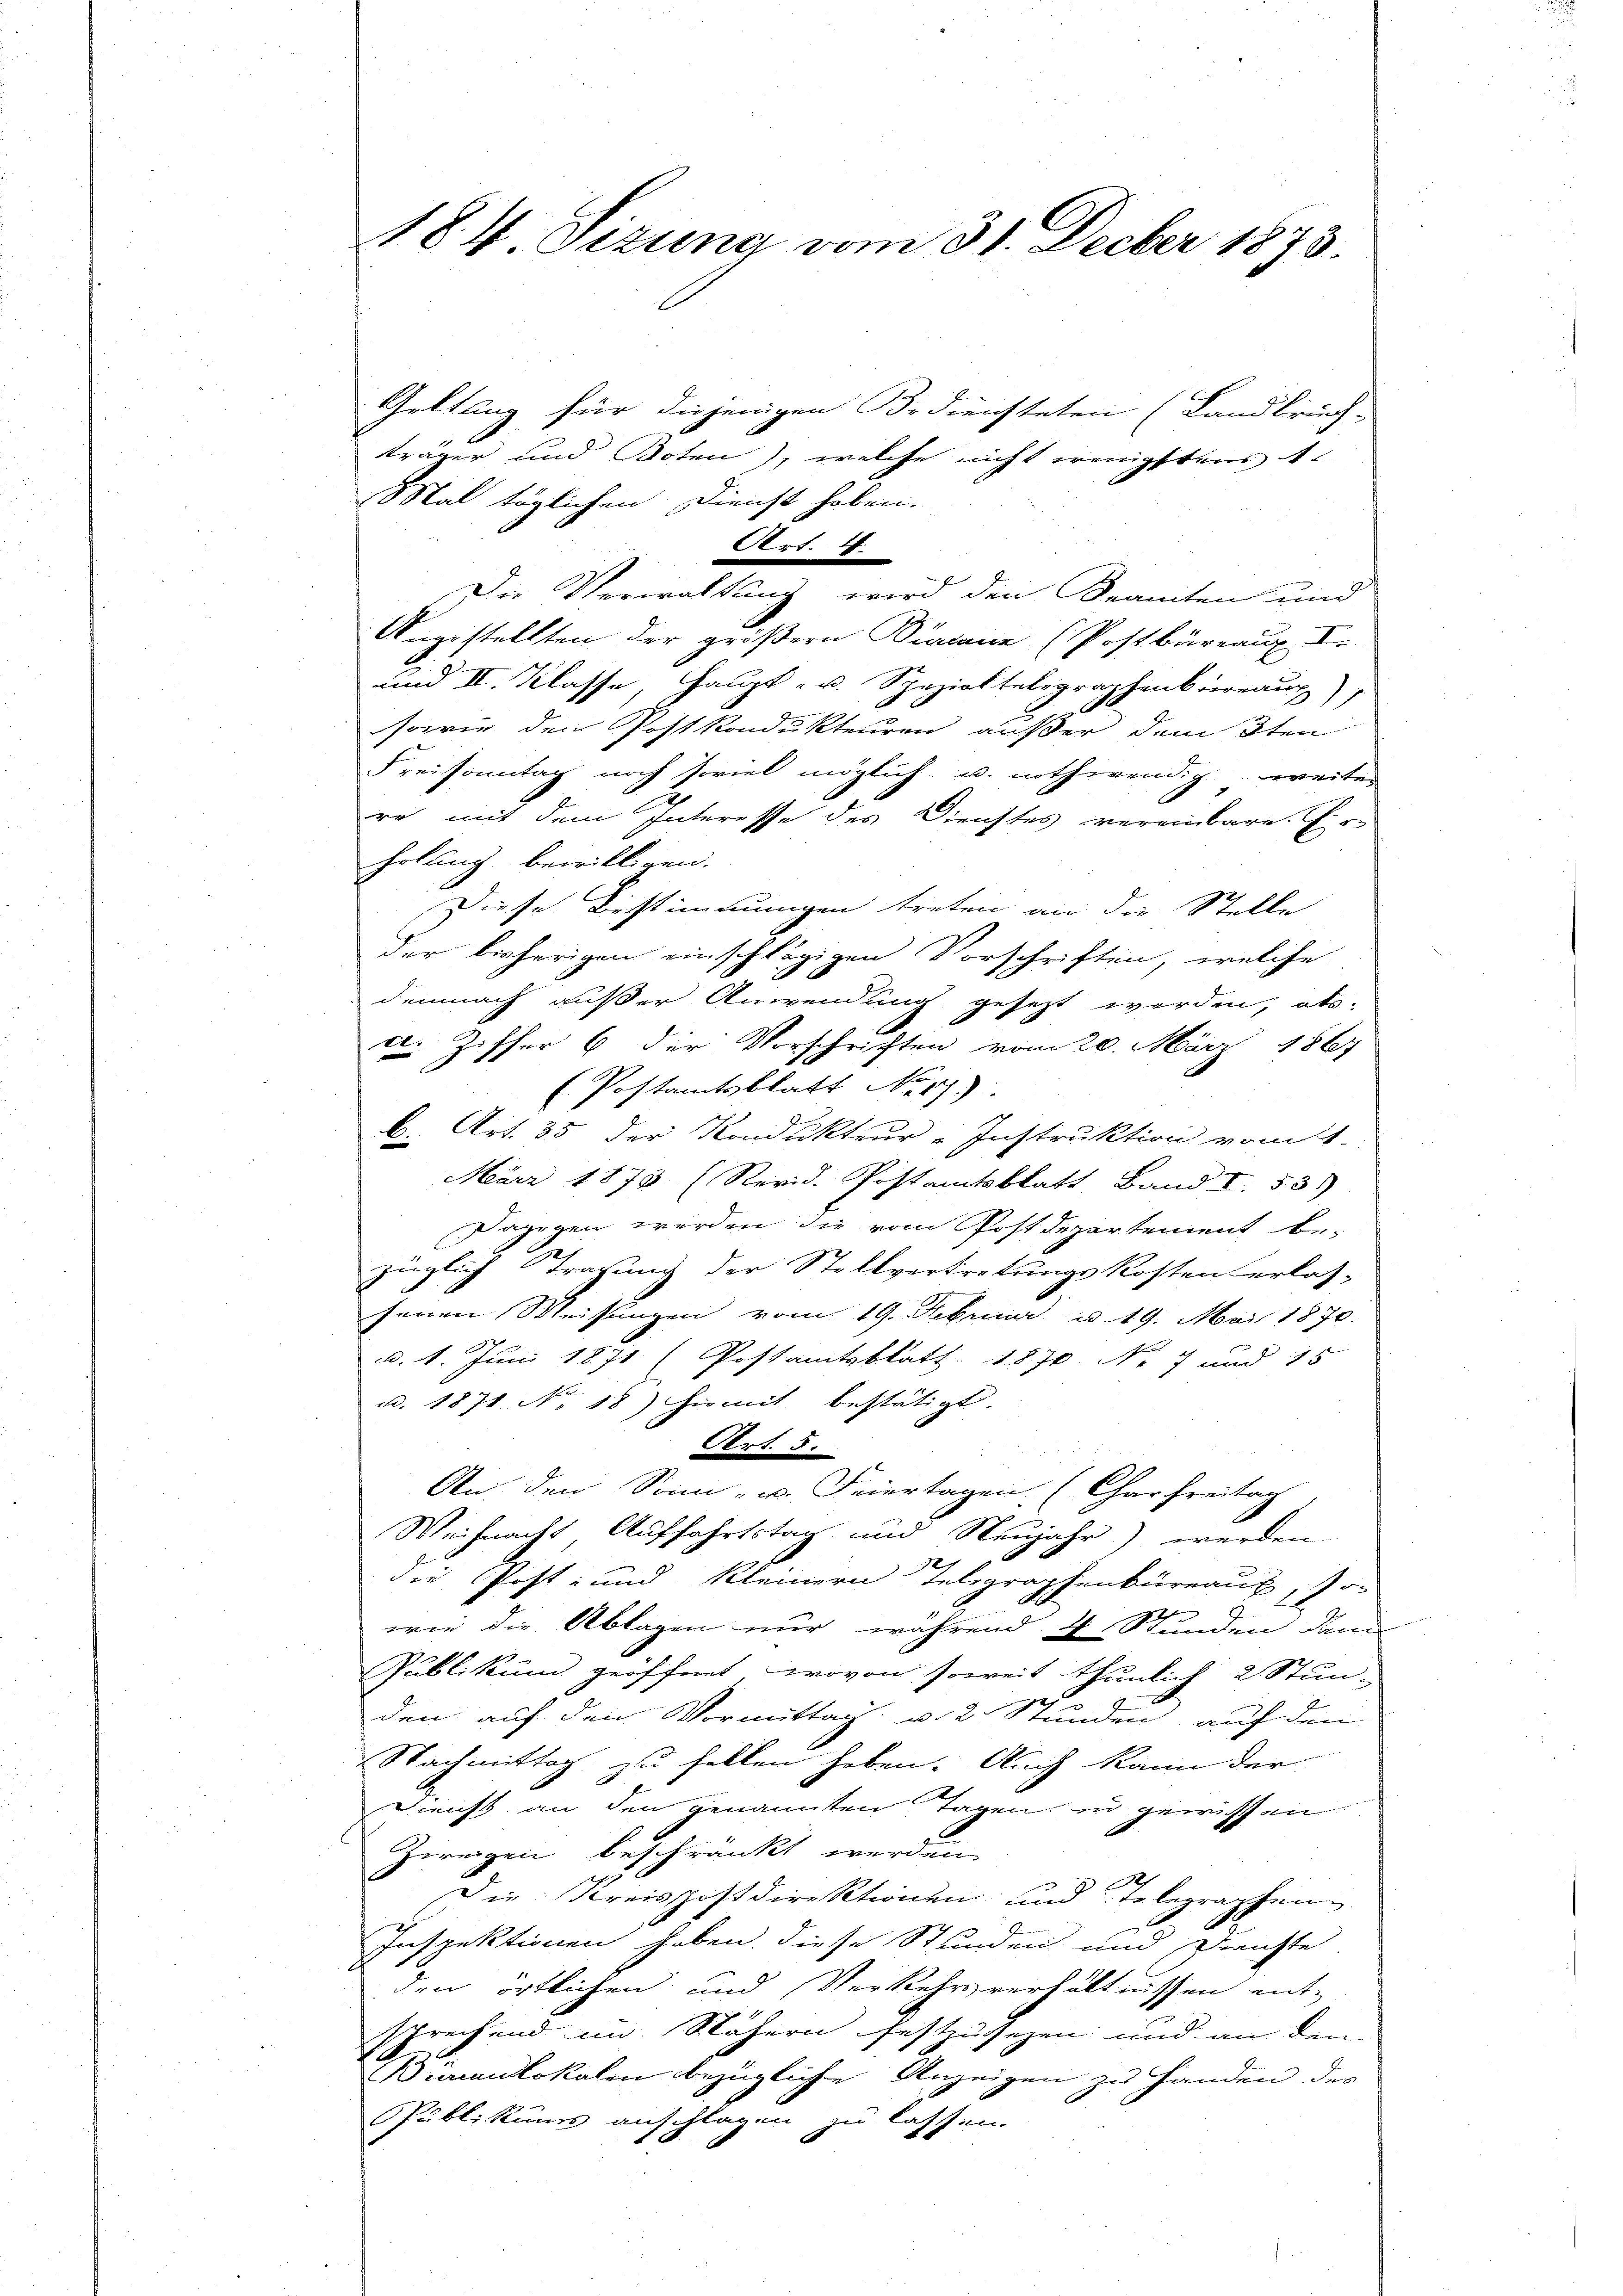
184 Sizung vom 31. Decber 1873.

Geltung für diejenigen Bediensteten (Landbriech-
träger und Boten), welche nicht wenigstens 1.
Mal täglichen Dienst haben.
Aert. 14.
Die Verwaltung wird den Beamten und
Angestellten der größern Diana (Postbüreaux I.
und II. Klasse, Haupt- u. Spezieltelegraphenkierraus),
sowie dem Postkondukteuren außer dem 3ten
Freisonntag noch soviel möglich u. nothwendig, weiter
2
re mit dem Interesse des Dienstes vereinbare. E
holung bewilligen.
Diese Bestimmungen treten an die Stelle
der bisherigen einschlägigen Vorschriften, welche
demnach außer Anwendung gesezt werden, als-
c. Ziffer 6 der Vorschriften vom 20. März 1867
E. Postamtsblatt No 1.)
b. Art. 35 der Kondukteur-Instruktion vom 1.
März 1878 (Rerid. Postamtsblatt Band I. 531)
Dagegen werden die vom Postdepartement be-
züglich Tragung der Stellvertretungskosten erlas-
senen Weisungen vom 19. Februar 19. Mai 1870.
d. 1. Juni 1871 (Postamtsblatt. 1870 No 7 und 15
u. 1871 No 18) Hiemit bestätigt.
Art. 5.
An den Sonn- u. Feiertagen (Charfreitag
Weihnachs Auffahrtstag und Neujahr) werden
die Post- und kleinern Telegraphenbüreaux, so
wie die Ablagen nur während 4 Stunden dem
Publikum geöffnet, wovon soweit thunlich 2 Stun-
den auf den Vormittag u. 2. Stunden auf den
Nachmittag zu sollen haben. Auch kann der
Dienst an den genannten Tagen, in gewissen
Zweigen beschränkt werden.
1
Die Kreispostdirektionen und Telegraphen
Inspektionen haben, diese Stunden und Dirichte
den örtlichen und Verkehrsverhältnissen ent-
sprechend im Nähern festzusehen und an den
1
Samnlokalen bezügliche Anzeigen zu Handen des
Publikums anschlagen zu lassen.